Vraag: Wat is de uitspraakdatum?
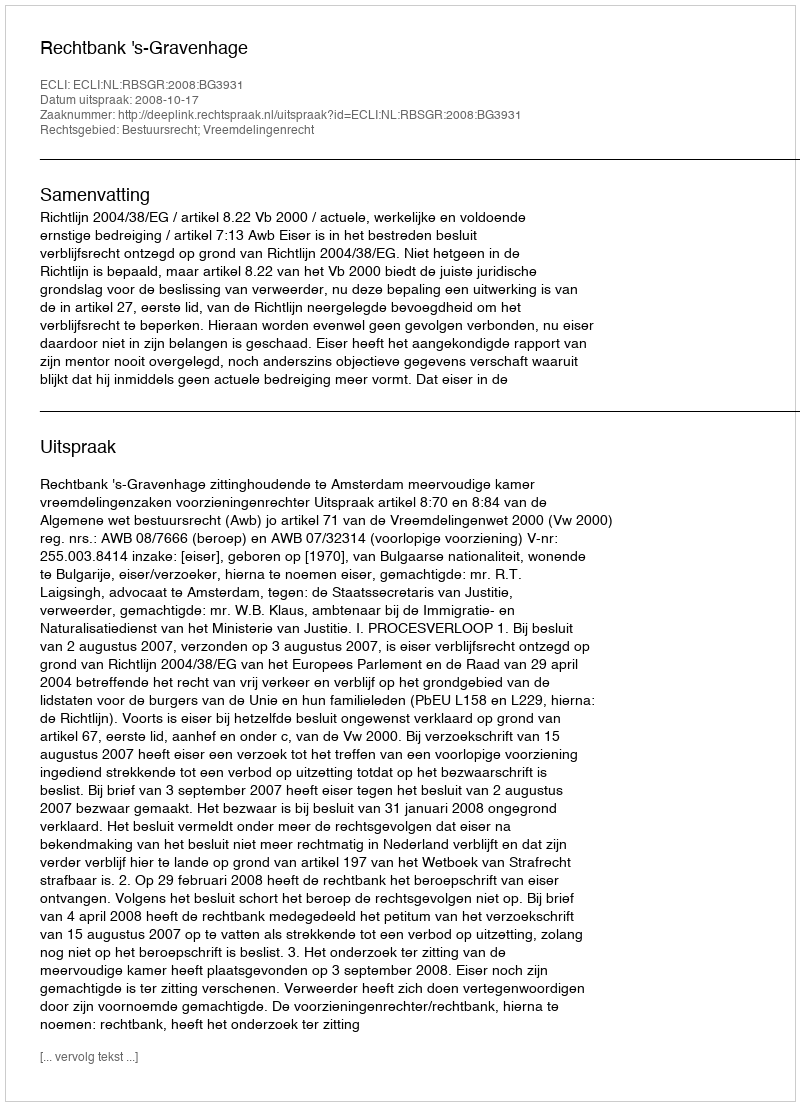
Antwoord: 2008-10-17